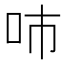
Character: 𰇓